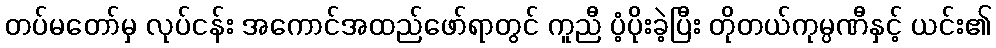
တပ်မတော်မှ လုပ်ငန်း အကောင်အထည်ဖော်ရာတွင် ကူညီ ပံ့ပိုးခဲ့ပြီး တိုတယ်ကုမ္ပဏီနှင့် ယင်း၏